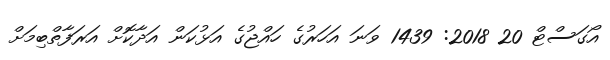
އޯގަސްޓް 20 2018: 1439 ވަނަ އަހަރުގެ ހައްޖުގެ އަޅުކަން އަދާކޮށް އަރަފާތްބިމަށް